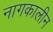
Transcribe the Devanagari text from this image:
नागकालीन